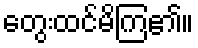
တွေးထင်မိကြ၏။